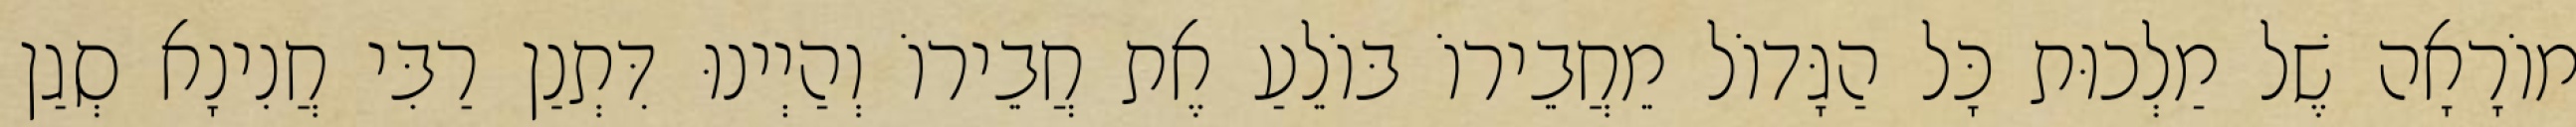
מוֹרָאָה שֶׁל מַלְכוּת כָּל הַגָּדוֹל מֵחֲבֵירוֹ בּוֹלֵעַ אֶת חֲבֵירוֹ וְהַיְינוּ דִּתְנַן רַבִּי חֲנִינָא סְגַן